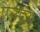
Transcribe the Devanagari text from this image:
ऐनड्रयू